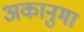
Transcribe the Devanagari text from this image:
अकानुमा